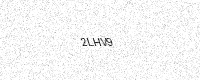
Text: 2LHV9